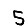
Digit: 5